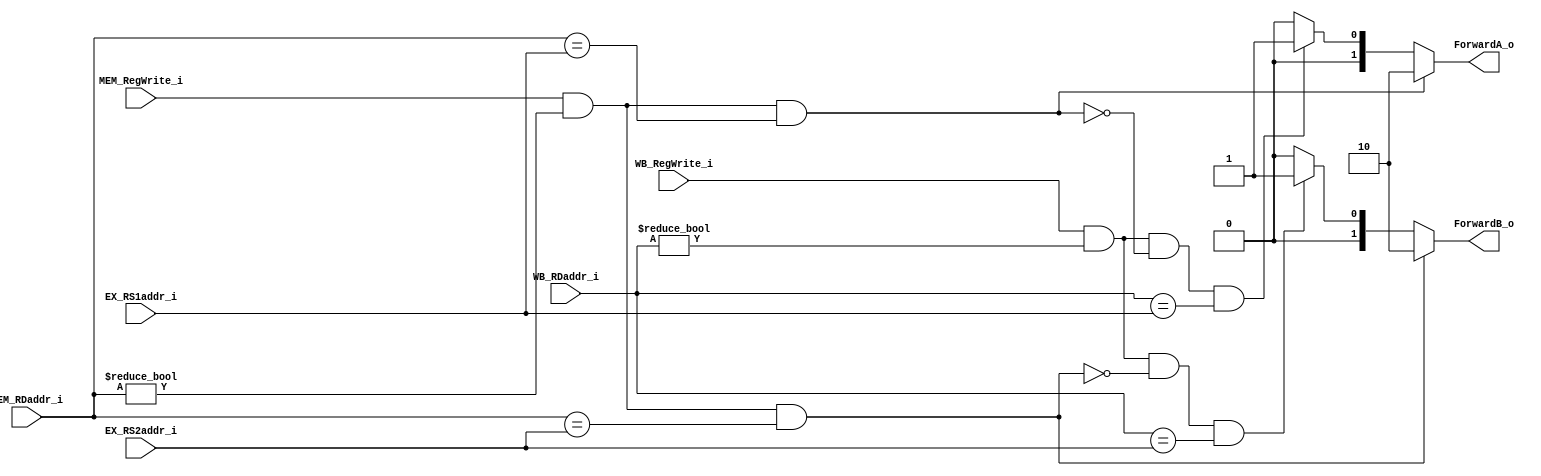
module Forwarding_Unit(
    EX_RS1addr_i,
    EX_RS2addr_i,
    MEM_RegWrite_i,
    MEM_RDaddr_i,
    WB_RegWrite_i,
    WB_RDaddr_i,
    ForwardA_o,
    ForwardB_o
);

input   [4:0]       EX_RS1addr_i;
input   [4:0]       EX_RS2addr_i;
input               MEM_RegWrite_i;
input   [4:0]       MEM_RDaddr_i;
input               WB_RegWrite_i;
input   [4:0]       WB_RDaddr_i;
output  [1:0]       ForwardA_o;
output  [1:0]       ForwardB_o;

assign ForwardA_o =
    (MEM_RegWrite_i
        && (MEM_RDaddr_i != 5'b0)
        && (MEM_RDaddr_i == EX_RS1addr_i)
        ) ? 2'b10 :
    (WB_RegWrite_i
        && (WB_RDaddr_i != 5'b0)
        && ~(MEM_RegWrite_i && (MEM_RDaddr_i != 5'b0)
            && (MEM_RDaddr_i == EX_RS1addr_i))
        && (WB_RDaddr_i == EX_RS1addr_i)
        ) ? 2'b01 :
    2'b00;

assign ForwardB_o =
    (MEM_RegWrite_i
        && (MEM_RDaddr_i != 5'b0)
        && (MEM_RDaddr_i == EX_RS2addr_i)
        ) ? 2'b10 :
    (WB_RegWrite_i
        && (WB_RDaddr_i != 5'b0)
        && ~(MEM_RegWrite_i && (MEM_RDaddr_i != 5'b0)
            && (MEM_RDaddr_i == EX_RS2addr_i))
        && (WB_RDaddr_i == EX_RS2addr_i)
        ) ? 2'b01 :
    2'b00;

endmodule